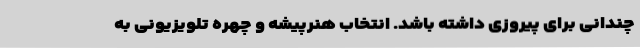
چندانی برای پیروزی داشته باشد. انتخاب هنرپیشه و چهره تلویزیونی به